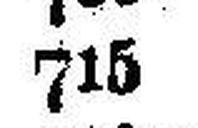
715